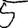
Digit: 5